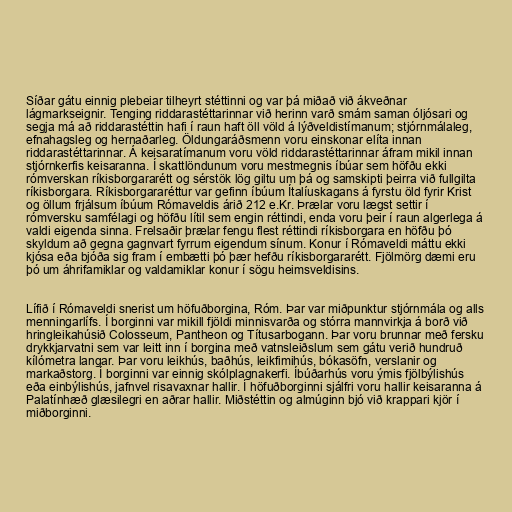
Síðar gátu einnig plebeiar tilheyrt stéttinni og var þá miðað við ákveðnar
lágmarkseignir. Tenging riddarastéttarinnar við herinn varð smám saman óljósari og
segja má að riddarastéttin hafi í raun haft öll völd á lýðveldistímanum; stjórnmálaleg,
efnahagsleg og hernaðarleg. Öldungaráðsmenn voru einskonar elíta innan
riddarastéttarinnar. Á keisaratímanum voru völd riddarastéttarinnar áfram mikil innan
stjórnkerfis keisaranna. Í skattlöndunum voru mestmegnis íbúar sem höfðu ekki
rómverskan ríkisborgararétt og sérstök lög giltu um þá og samskipti þeirra við fullgilta
ríkisborgara. Ríkisborgararéttur var gefinn íbúum Ítalíuskagans á fyrstu öld fyrir Krist
og öllum frjálsum íbúum Rómaveldis árið 212 e.Kr. Þrælar voru lægst settir í
rómversku samfélagi og höfðu lítil sem engin réttindi, enda voru þeir í raun algerlega á
valdi eigenda sinna. Frelsaðir þrælar fengu flest réttindi ríkisborgara en höfðu þó
skyldum að gegna gagnvart fyrrum eigendum sínum. Konur í Rómaveldi máttu ekki
kjósa eða bjóða sig fram í embætti þó þær hefðu ríkisborgararétt. Fjölmörg dæmi eru
þó um áhrifamiklar og valdamiklar konur í sögu heimsveldisins.

Lífið í Rómaveldi snerist um höfuðborgina, Róm. Þar var miðpunktur stjórnmála og alls
menningarlífs. Í borginni var mikill fjöldi minnisvarða og stórra mannvirkja á borð við
hringleikahúsið Colosseum, Pantheon og Títusarbogann. Þar voru brunnar með fersku
drykkjarvatni sem var leitt inn í borgina með vatnsleiðslum sem gátu verið hundruð
kílómetra langar. Þar voru leikhús, baðhús, leikfimihús, bókasöfn, verslanir og
markaðstorg. Í borginni var einnig skólplagnakerfi. Íbúðarhús voru ýmis fjölbýlishús
eða einbýlishús, jafnvel risavaxnar hallir. Í höfuðborginni sjálfri voru hallir keisaranna á
Palatínhæð glæsilegri en aðrar hallir. Miðstéttin og almúginn bjó við krappari kjör í
miðborginni.